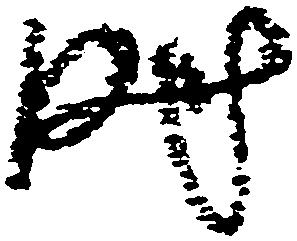
時